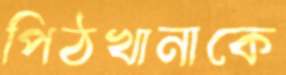
পিঠখানাকে